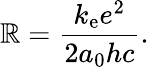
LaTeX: \mathbb{R}={\frac{{k_{\mathrm{{e}}}e^{2}}}{{2a_{0}hc}}}.